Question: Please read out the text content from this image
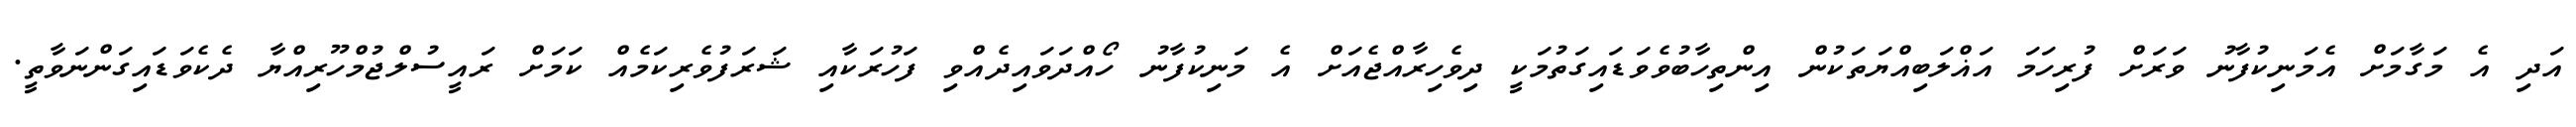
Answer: އަދި އެ މަގާމަށް އެމަނިކުފާނު ވަރަށް ފުރިހަމަ އަޣްލަބިއްޔަތަކުން އިންތިހާބުވެވަޑައިގަތުމަކީ ދިވެހިރާއްޖެއަށް އެ މަނިކުފާނު ހޯއްދަވައިދެއްވި ފަހުރަކާއި ޝަރަފުވެރިކަމެއް ކަމަށް ރައީސުލްޖުމްހޫރިއްޔާ ދެކެވަޑައިގަންނަވާތީ.